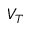
V _ { T }